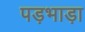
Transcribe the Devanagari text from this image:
पड़भाड़ा